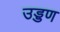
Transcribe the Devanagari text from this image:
उड्डण